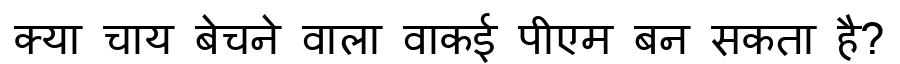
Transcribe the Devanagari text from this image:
क्या चाय बेचने वाला वाकई पीएम बन सकता है?